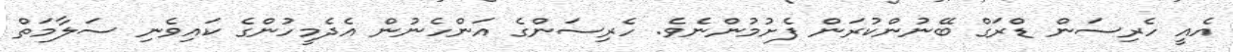
އެއީ ހެރިސަން ޑްރަގް ބޭނުންކުރަން ފެށުމުންނެވެ. ހެރިސަންގެ އަންހެނުން އެދެމީހުންގެ ކައިވެނި ސަލާމަތް